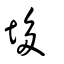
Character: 垑